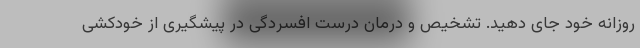
روزانه خود جای دهید. تشخیص و درمان درست افسردگی در پیشگیری از خودکشی